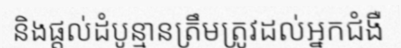
និងផ្តល់ដំបូន្មានត្រឹមត្រូវដល់អ្នកជំងឺ